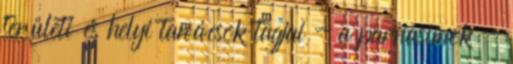
területi és helyi tanácsok tagjai - a parnasimok -